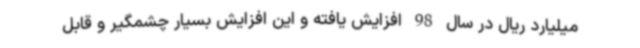
میلیارد ریال در سال 98 افزایش یافته و این افزایش بسیار چشمگیر و قابل